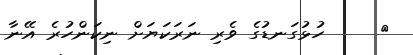
٣     ހުޅުގަނޑުގެ ވެރި ނަރަކަޔަށް ނިކަންހުރެ އޭނާ